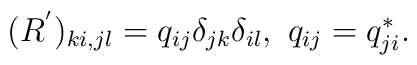
(R^{'})_{ki,jl} = q_{ij}\delta_{jk}\delta_{il}, \ q_{ij}=q_{ji}^{*}.